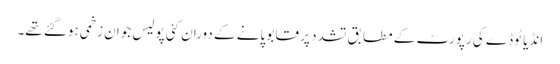
انڈیا ٹوڈے کی رپورٹ کے مطابق تشدد پر قابو پانے کے دوران کئی پولیس جوان زخمی ہوگئے تھے۔